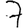
Digit: 7